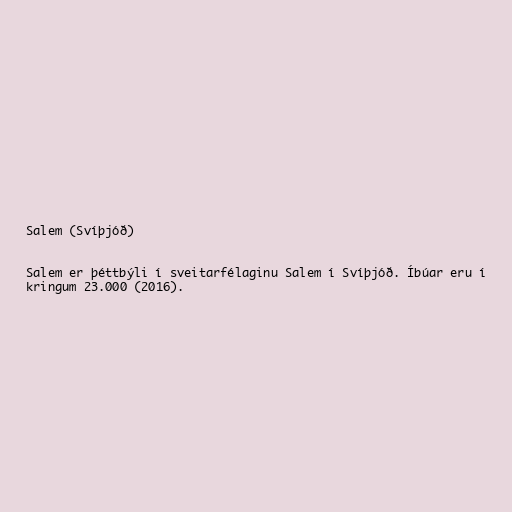
Salem (Svíþjóð)

Salem er þéttbýli í sveitarfélaginu Salem í Svíþjóð. Íbúar eru í
kringum 23.000 (2016).